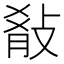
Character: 𭣷